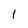
Character: l